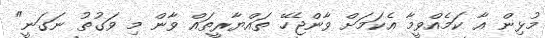
މުޅިން އާ ކަމެއްވީމާ އެކަމަށް ވާންޖެހޭ ތައްޔާރީތައް ވާން މި ވަގުތު ނަގަނީ"